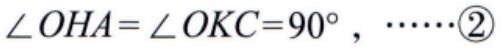
$\angle OHA=\angle OKC = 90^{\circ},\ \cdots\cdots\textcircled{2}$